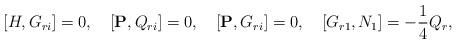
LaTeX: \begin{align*}\lbrack{H,G_{ri}}\rbrack=0,\quad\lbrack{{\bf P},Q_{ri}}\rbrack=0,\quad\lbrack{{\bf P},G_{ri}}\rbrack=0,\quad\lbrack{G_{r1},N_{1}}\rbrack=-\frac{1}{4}Q_{r},\end{align*}